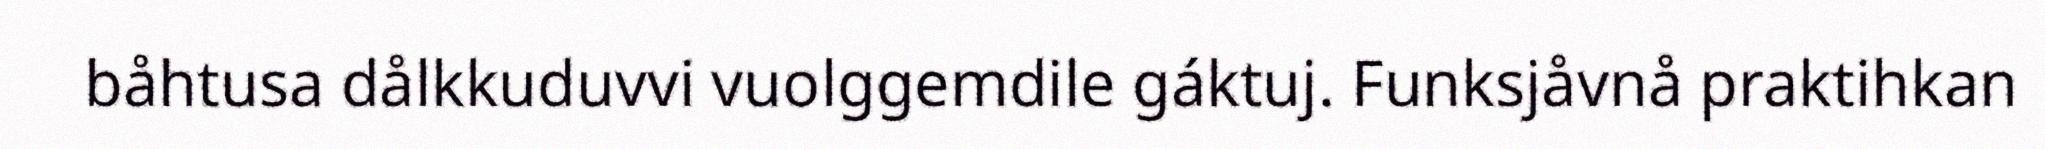
båhtusa dålkkuduvvi vuolggemdile gáktuj. Funksjåvnå praktihkan